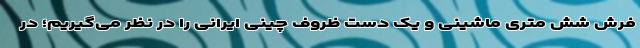
فرش شش متری ماشینی و یک دست ظروف چینی ایرانی را در نظر می‌گیریم؛ در